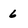
Character: 6